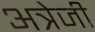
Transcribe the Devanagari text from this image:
अत्रेजी